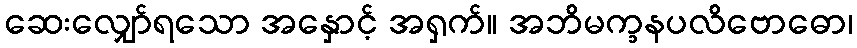
ဆေးလျှော်ရသော အနှောင့် အရှက်။ အဘိမက္ခနပလိဗောဓော၊